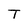
Character: T